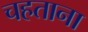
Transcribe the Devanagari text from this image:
चहताना